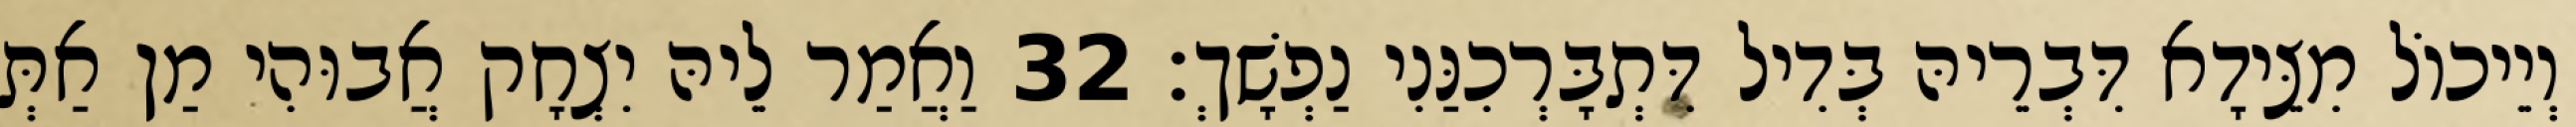
וְיֵיכוֹל מִצֵּידָא דִּבְרֵיהּ בְּדִיל דִּתְבָּרְכִנַּנִי נַפְשָׁךְ׃ 32 וַאֲמַר לֵיהּ יִצְחָק אֲבוּהִי מַן אַתְּ